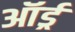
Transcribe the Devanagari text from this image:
ऑर्ड्र